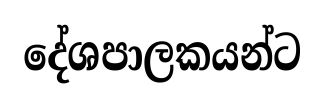
දේශපාලකයන්ට